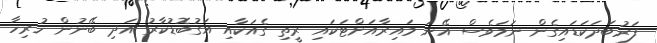
ފަރުބަދަކަޑައިގެން ނަމަވެސް އޭނަ މައިރާއަށްޓަކައި ރީތި ގެއަކާއި އަގުބޮޑުކާރު އަދި ބޭނުން ހުރިހާ